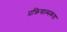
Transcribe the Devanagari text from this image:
प्रक्रियात्मकता